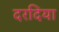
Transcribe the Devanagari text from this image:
दरदिया